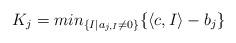
LaTeX: \begin{align*} K_j = min_{\{I| a_{j,I} \ne 0 \} } \{ \langle c,I\rangle-b_j\} \end{align*}